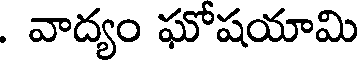
. వాద్యం ఘోషయామి